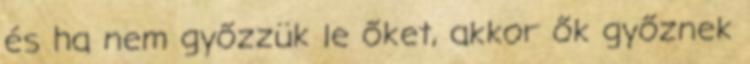
és ha nem győzzük le őket, akkor ők győznek